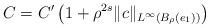
LaTeX: \begin{align*}C = C' \left(1+ \rho^{2s} \| c \|_{L^\infty(B_\rho(e_1))}\right) \end{align*}